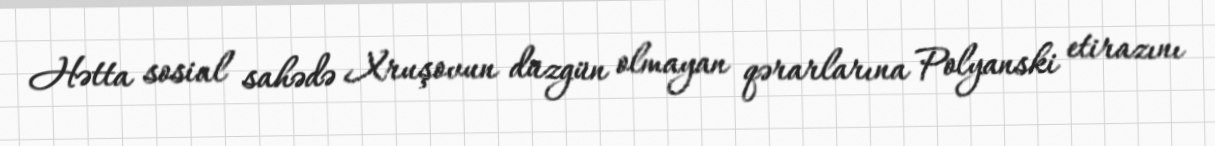
Hətta sosial sahədə Xruşovun düzgün olmayan qərarlarına Polyanski etirazını